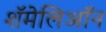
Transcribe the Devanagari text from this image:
शॅमेलिऑन